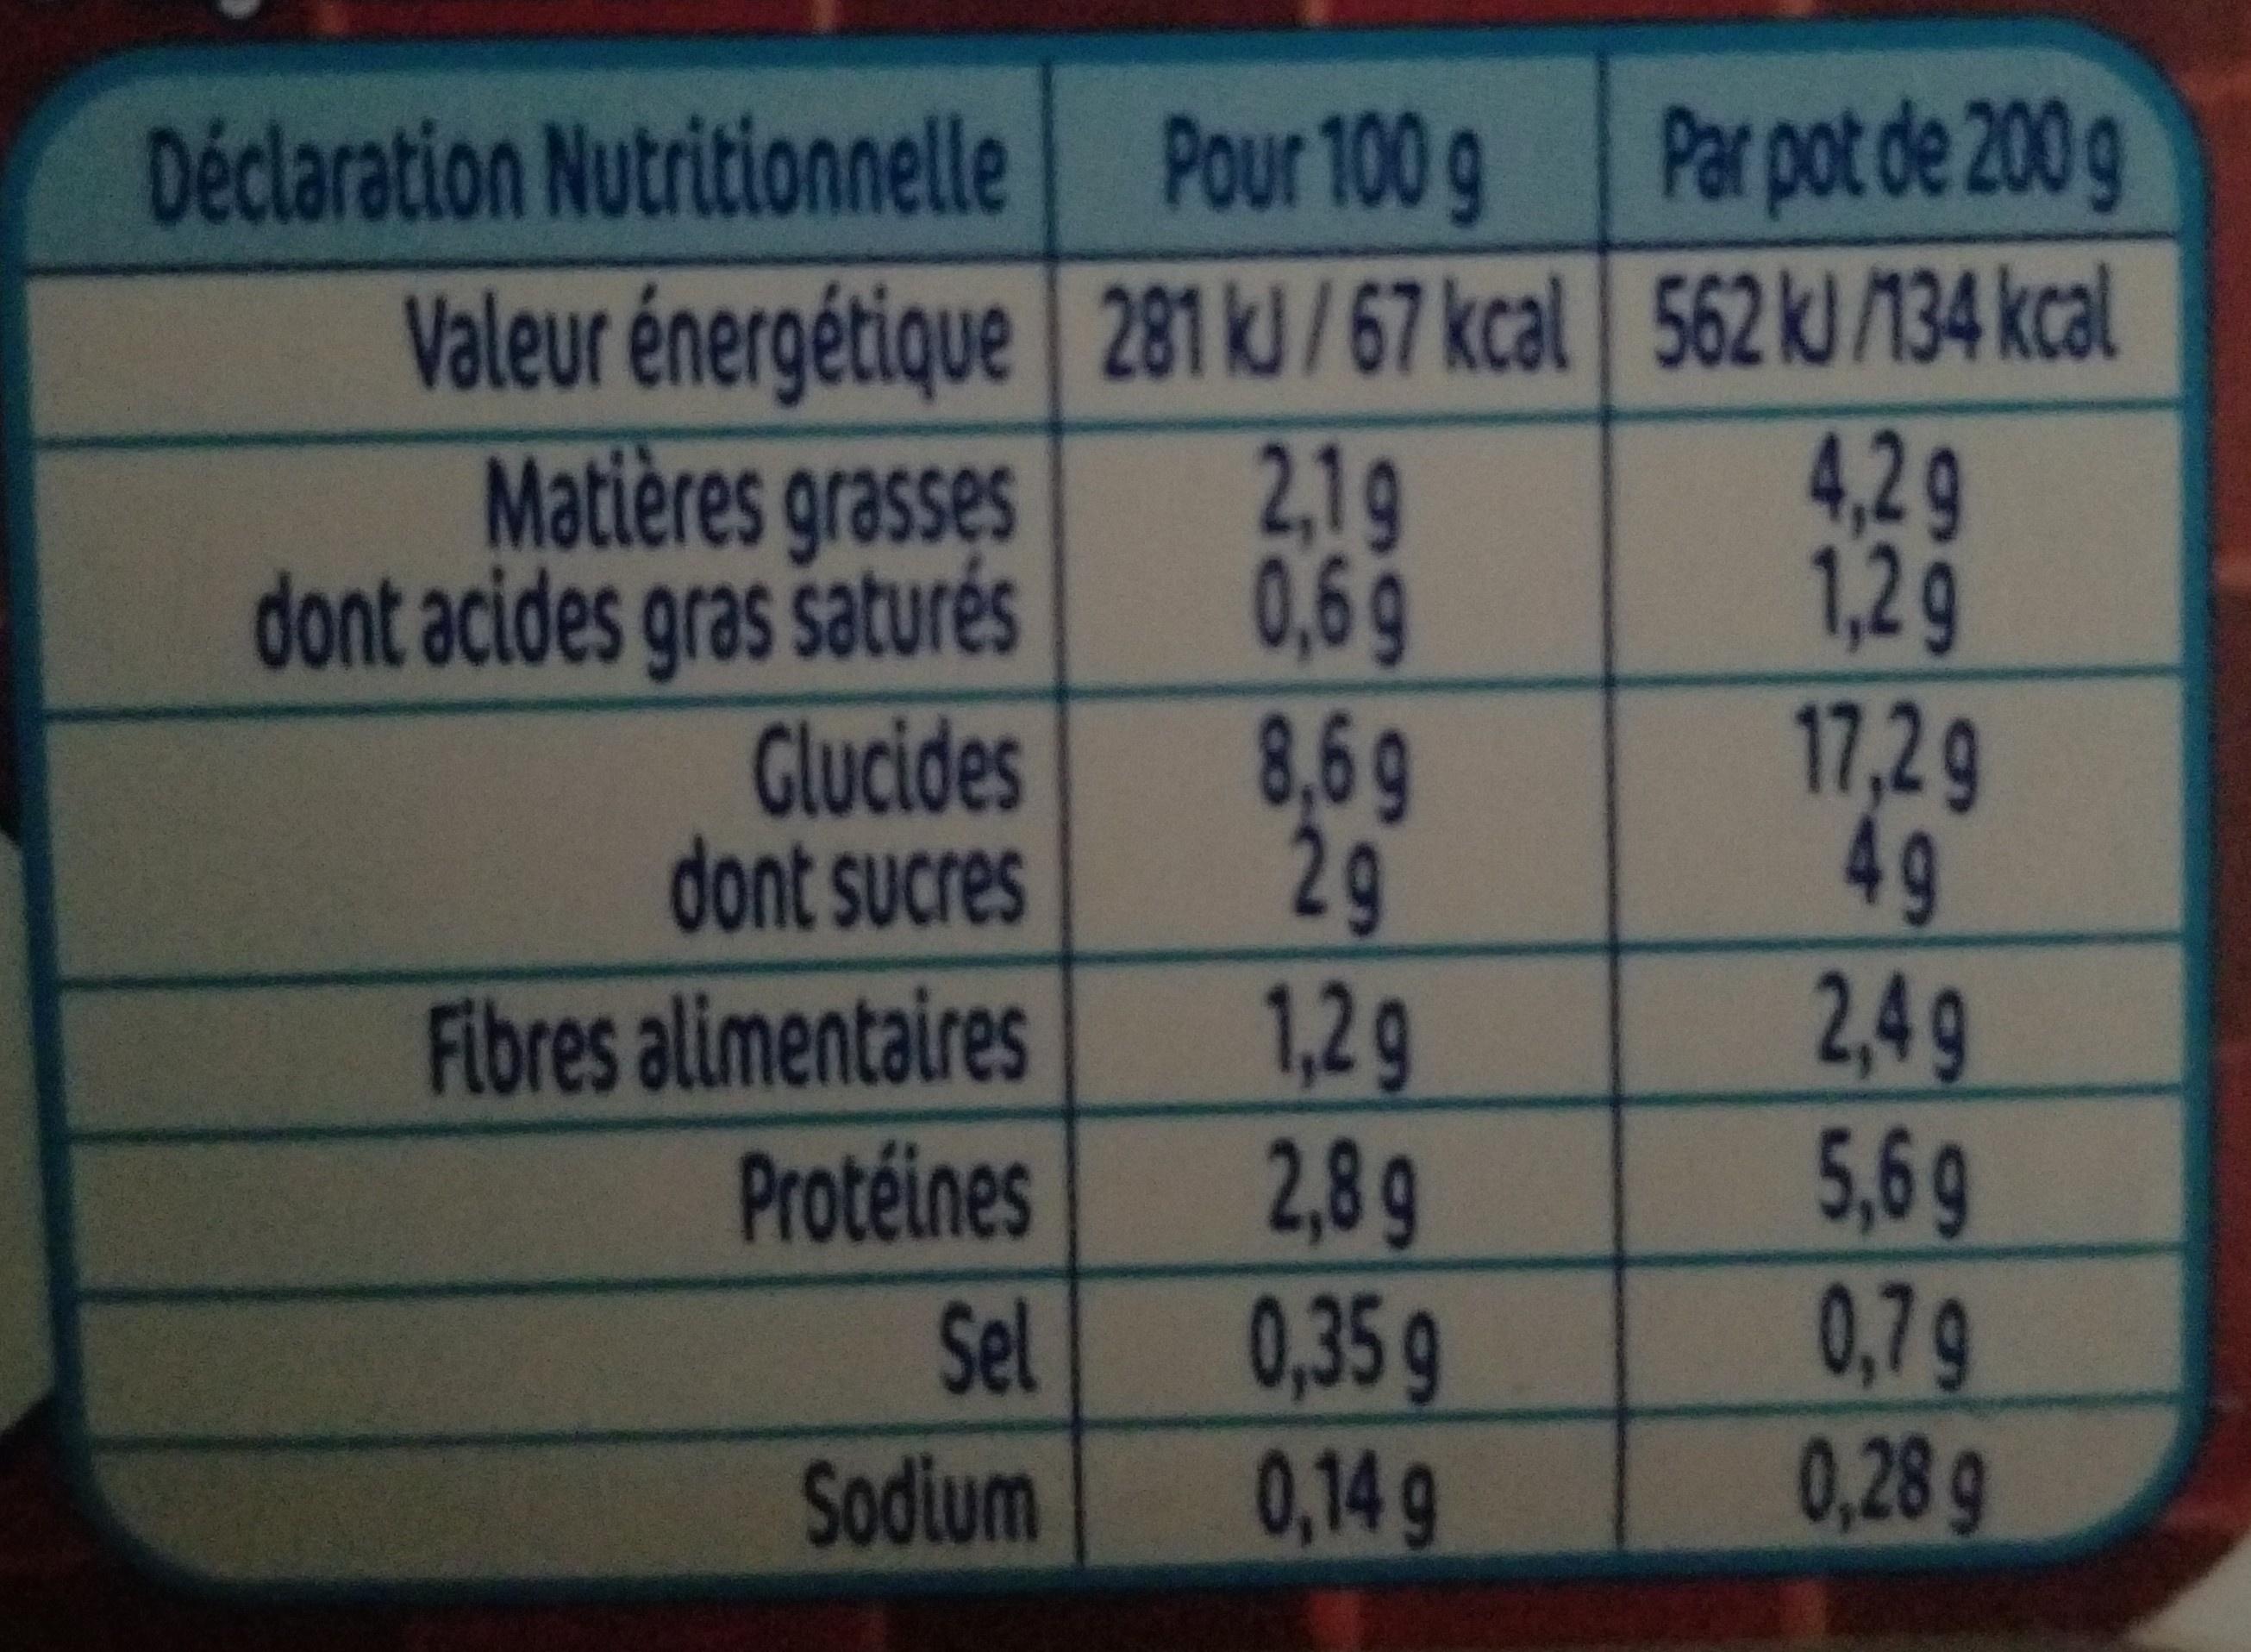
Déclaration Nutritionnelle Pour 100 g
Par pot de 200g
Valeur énergétique 281 kJ/ 67 kcal 562 k) /134 kcal 2,1g 0,6g 8,6g 29 1,2g 2,8g 0,35g 0,14 g
4,2g 1,2g 17,2g 49g 2,4g 5,6g 0,7g 0,28 g
Matières grasses dont acides gras saturés Glucides dont sucres
Fibres alimentaires Protéines
Sel
Sodium